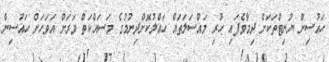
ހައުސިން ޔުނިޓްތަކަށް ދިމާވެފައި ހުރި މައްސަލަތައް ހައްލުކޮށްދިނުމުގެ މަސައްކަތް ވަރަށް އަވަހަށް ހައުސިން